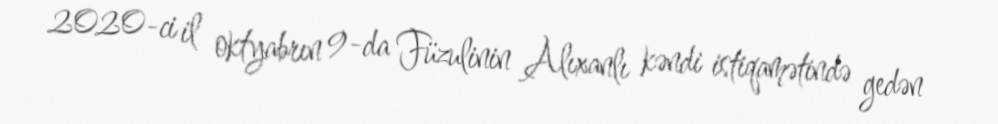
2020-ci il oktyabrın 9-da Füzulinin Alıxanlı kəndi istiqamətində gedən